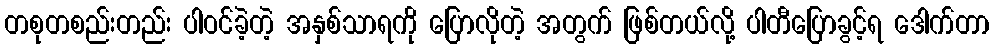
တစုတစည်းတည်း ပါဝင်ခဲ့တဲ့ အနှစ်သာရကို ပြောလိုတဲ့ အတွက် ဖြစ်တယ်လို့ ပါတီပြောခွင့်ရ ဒေါက်တာ